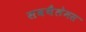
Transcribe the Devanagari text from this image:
सबथैलेमस